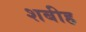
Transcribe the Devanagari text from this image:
शबीह